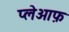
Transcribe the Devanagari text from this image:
प्लेओफ़